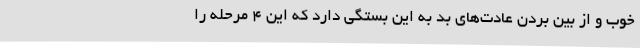
خوب و از بین بردن عادت‌های بد به این بستگی دارد که این 4 مرحله را